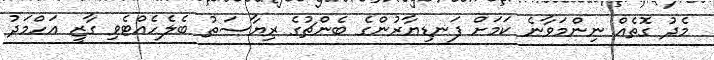
މެދު ގޮތެއް ނިންމަވާނެ ކަމަށް ފަނޑިޔާރުންގެ ބެންޗުގެ ރިޔާސަތު ބެލެހެއްޓެވި ގާޒީ އަހްމަދު